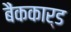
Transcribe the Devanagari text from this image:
बैंककार्ड